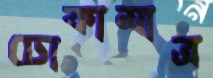
ঢোকামাত্র